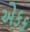
એકક